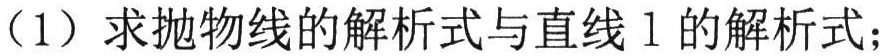
（1）求抛物线的解析式与直线\(l\)的解析式；